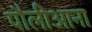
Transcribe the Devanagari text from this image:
पौलीआना